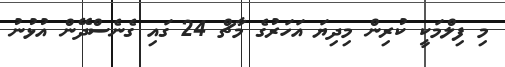
މި ފިލްމަކީ ކުރިން މިދިޔަ އަހަރުގެ މާޗް 24 ގައި ގެނެސްދޭން އުޅުނު